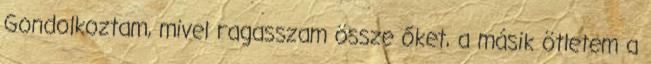
Gondolkoztam, mivel ragasszam össze őket, a másik ötletem a